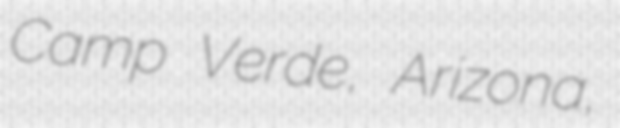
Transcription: Camp Verde, Arizona,